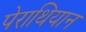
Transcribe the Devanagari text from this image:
पेराथियान